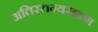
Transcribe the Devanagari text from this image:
अतिस्तन्यस्रवण